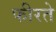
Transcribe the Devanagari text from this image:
फीरते